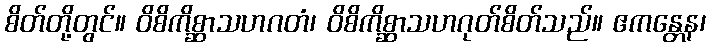
စိတ်တို့တွင်။ ဝိစိကိစ္ဆာသဟဂတံ၊ ဝိစိကိစ္ဆာသဟဂုတ်စိတ်သည်။ ဧကန္တေန၊